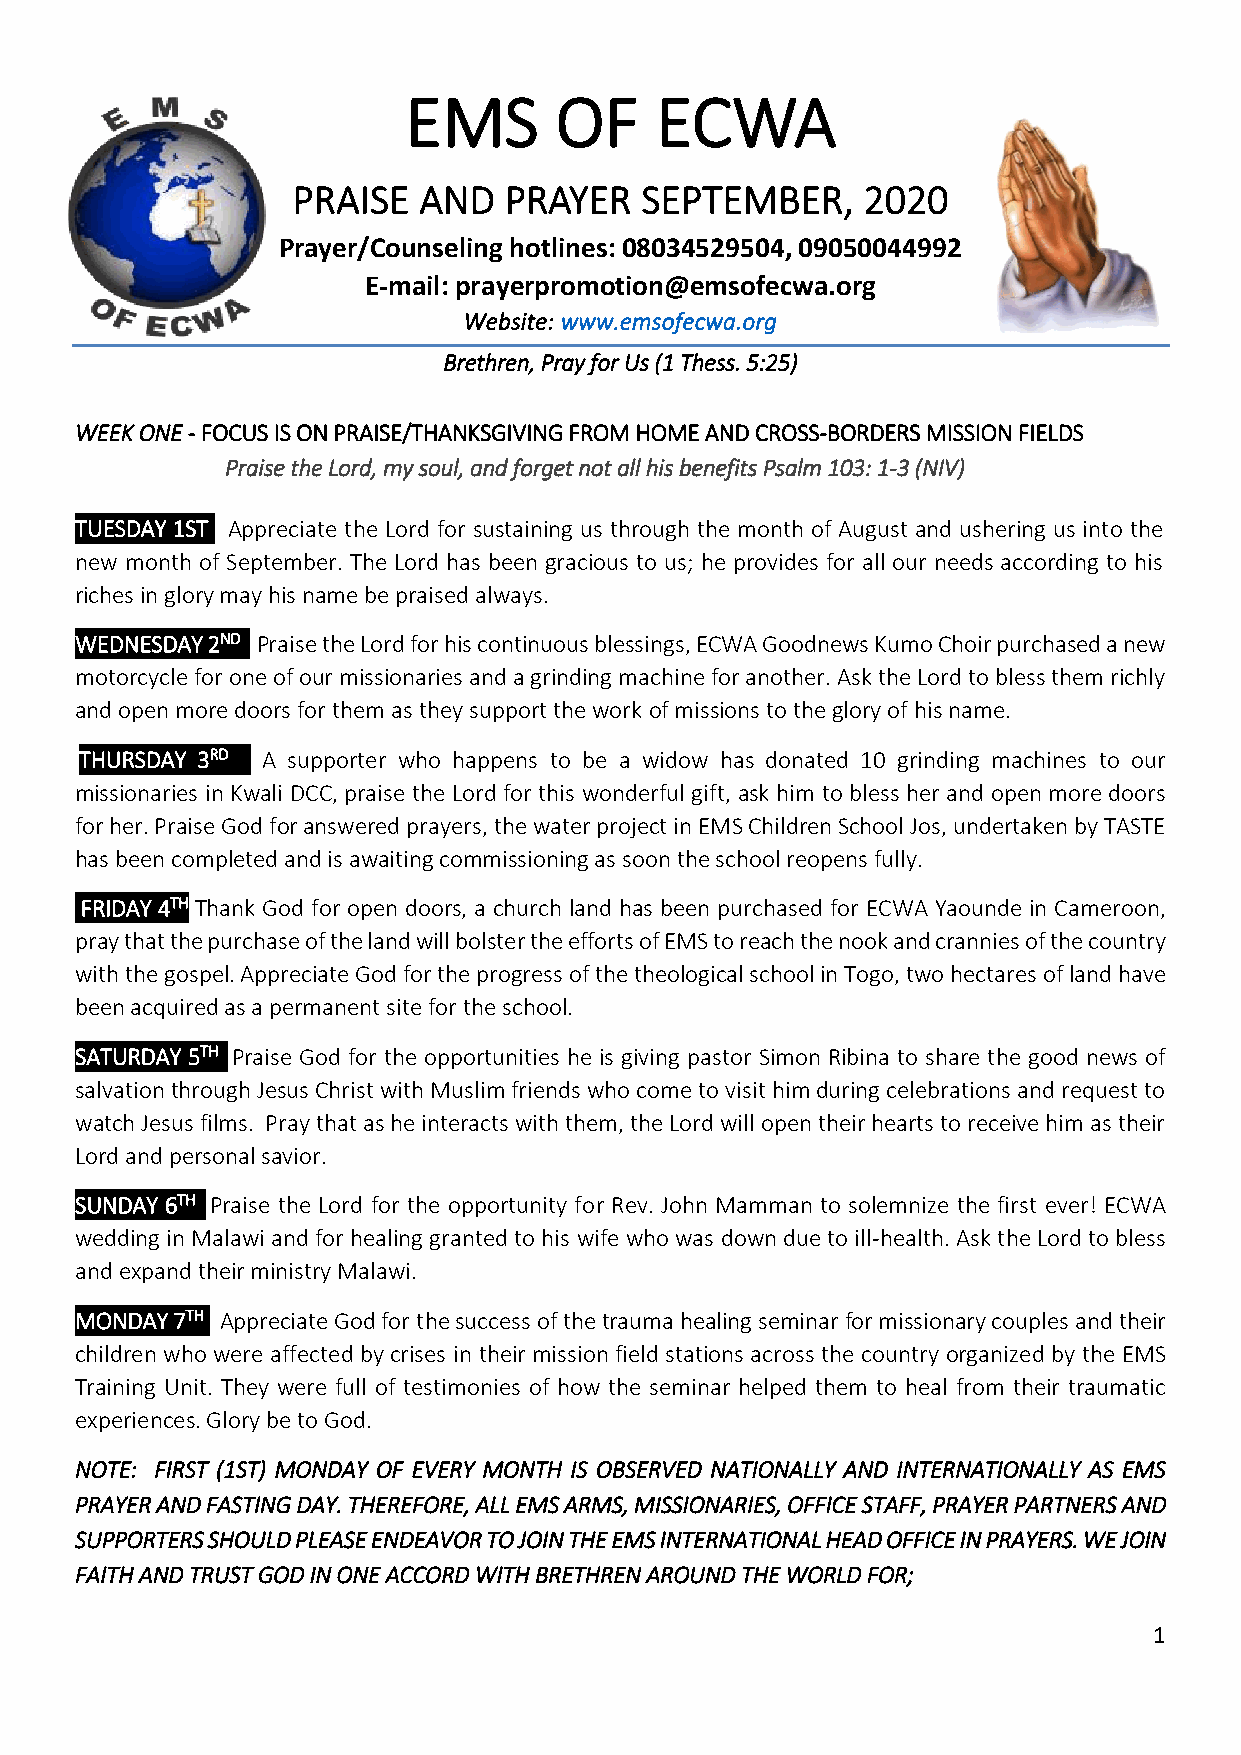
EMS       OF    ECWA
 PRAISE   AND  PRAYER   SEPTEMBER,     2020
 Prayer/Counseling hotlines: 08034529504, 09050044992
 E-mail: prayerpromotion@emsofecwa.org
 Website: www.emsofecwa.org
 Brethren, Pray for Us (1 Thess. 5:25)
 WEEK ONE - FOCUS IS ON PRAISE/THANKSGIVING FROM HOME AND CROSS-BORDERS MISSION FIELDS
 Praise the Lord, my soul, and forget not all his benefits Psalm 103: 1-3 (NIV)
 TUESDAY 1ST Appreciate the Lord for sustaining us through the month of August and ushering us into the
 new month of September. The Lord has been gracious to us; he provides for all our needs according to his
 riches in glory may his name be praised always.
 WEDNESDAY 2ND Praise the Lord for his continuous blessings, ECWA Goodnews Kumo Choir purchased a new
 motorcycle for one of our missionaries and a grinding machine for another. Ask the Lord to bless them richly
 and open more doors for them as they support the work of missions to the glory of his name.
 THURSDAY 3RD A supporter who happens to be a widow has donated 10 grinding machines to our
 missionaries in Kwali DCC, praise the Lord for this wonderful gift, ask him to bless her and open more doors
 for her. Praise God for answered prayers, the water project in EMS Children School Jos, undertaken by TASTE
 has been completed and is awaiting commissioning as soon the school reopens fully.
 FRIDAY 4TH Thank God for open doors, a church land has been purchased for ECWA Yaounde in Cameroon,
 pray that the purchase of the land will bolster the efforts of EMS to reach the nook and crannies of the country
 with the gospel. Appreciate God for the progress of the theological school in Togo, two hectares of land have
 been acquired as a permanent site for the school.
 SATURDAY 5TH Praise God for the opportunities he is giving pastor Simon Ribina to share the good news of
 salvation through Jesus Christ with Muslim friends who come to visit him during celebrations and request to
 watch Jesus films. Pray that as he interacts with them, the Lord will open their hearts to receive him as their
 Lord and personal savior.
 SUNDAY 6TH Praise the Lord for the opportunity for Rev. John Mamman to solemnize the first ever! ECWA
 wedding in Malawi and for healing granted to his wife who was down due to ill-health. Ask the Lord to bless
 and expand their ministry Malawi.
 MONDAY 7TH Appreciate God for the success of the trauma healing seminar for missionary couples and their
 children who were affected by crises in their mission field stations across the country organized by the EMS
 Training Unit. They were full of testimonies of how the seminar helped them to heal from their traumatic
 experiences. Glory be to God.
 NOTE: FIRST (1ST) MONDAY OF EVERY MONTH IS OBSERVED NATIONALLY AND INTERNATIONALLY AS EMS
 PRAYER AND FASTING DAY. THEREFORE, ALL EMS ARMS, MISSIONARIES, OFFICE STAFF, PRAYER PARTNERS AND
 SUPPORTERS SHOULD PLEASE ENDEAVOR TO JOIN THE EMS INTERNATIONAL HEAD OFFICE IN PRAYERS. WE JOIN
 FAITH AND TRUST GOD IN ONE ACCORD WITH BRETHREN AROUND THE WORLD FOR;
 1